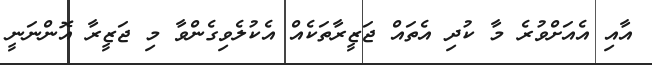
އާއި އެއަށްވުރެ މާ ކުދި އެތައް ޖަޒީރާތަކެއް އެކުލެވިގެންވާ މި ޖަޒީރާ އޮންނަނީ